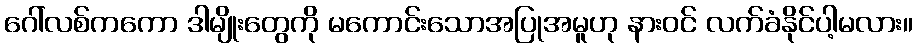
ဂေါ်လစ်ကကော ဒါမျိုးတွေကို မကောင်းသောအပြုအမူဟု နားဝင် လက်ခံနိုင်ပါ့မလား။